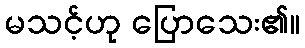
မသင့်ဟု ပြောသေး၏။